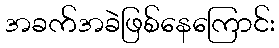
အခက်အခဲဖြစ်နေကြောင်း